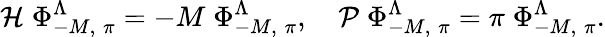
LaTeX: {\cal H}\; \Phi_{-M,\; \pi}^{\Lambda}=-M\; \Phi_{-M,\; \pi}^{\Lambda},\quad{\cal P}\; \Phi_{-M,\; \pi}^{\Lambda}=\pi\; \Phi_{-M,\; \pi}^{\Lambda}.